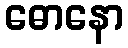
ဓောနော